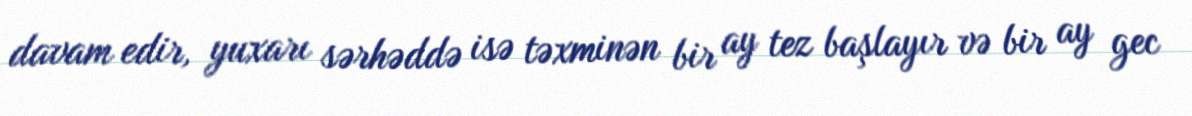
davam edir, yuxarı sərhəddə isə təxminən bir ay tez başlayır və bir ay gec